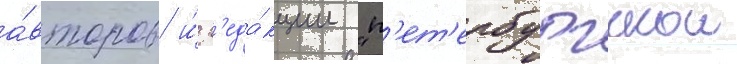
а́второв и́ р'еда́кции "п'ет'ербургскои